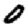
Digit: 0